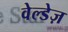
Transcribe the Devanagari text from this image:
वेल्डेज़